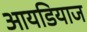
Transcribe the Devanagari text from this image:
आयडियाज